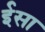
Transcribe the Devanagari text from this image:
र्इसा